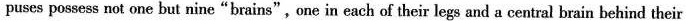
puses possess not one but nine"brains",one in each of their legs and a central brain behind their